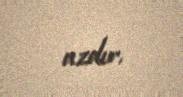
azdır.